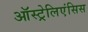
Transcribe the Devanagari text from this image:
ऑस्ट्रेलिएंसिस